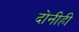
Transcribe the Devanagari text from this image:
दोनीही